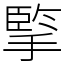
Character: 𢱯